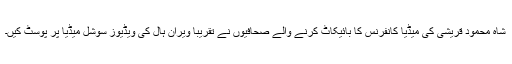
شاہ محمود قریشی کی میڈیا کانفرنس کا بائیکاٹ کرنے والے صحافیوں نے تقریباً ویران ہال کی ویڈیوز سوشل میڈیا پر پوسٹ کیں۔